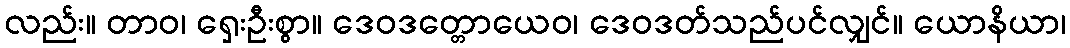
လည်း။ တာဝ၊ ရှေးဦးစွာ။ ဒေဝဒတ္တောယေဝ၊ ဒေဝဒတ်သည်ပင်လျှင်။ ယောနိယာ၊